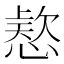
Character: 𭞗